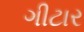
ગીટાર